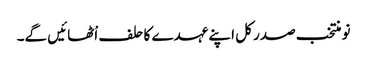
نو منتخب صدر کل اپنے عہدے کا حلف اْٹھائیں گے۔